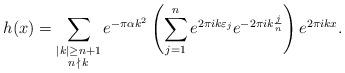
LaTeX: \begin{align*} h(x) &= \sum_{\substack{ |k| \geq n+1 \\ n \, \nmid \, k}} e^{-\pi \alpha k^2} \left( \sum_{j=1}^{n} e^{2 \pi i k \varepsilon_j } e^{-2 \pi i k \frac{j}{n} }\right)e^{2 \pi i k x}.\end{align*}